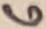
Text: 6